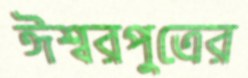
ঈশ্বরপুত্রের